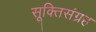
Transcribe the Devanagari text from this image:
सूक्तिसंग्रह